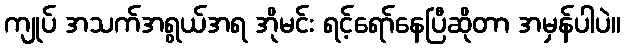
ကျုပ် အသက်အရွယ်အရ အိုမင်း ရင့်ရော်နေပြီဆိုတာ အမှန်ပါပဲ။